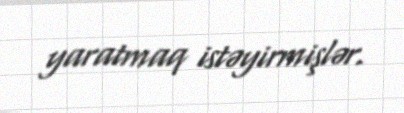
yaratmaq istəyirmişlər.